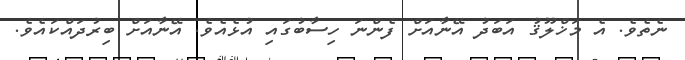
ނެތެވެ. އެ މަޚްލޫޤު އަބަދު އޭނާއަށް ފެންނަ ހިސާބުގައި އުޅެއެވެ. އޭނާއަށް ބިރުދައްކައެވެ.